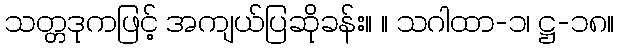
သတ္တဒုကဖြင့် အကျယ်ပြဆိုခန်း။ ။ သဂါထာ-၁၊ ဋ္ဌ-၁၈။